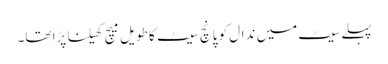
پہلے سیٹ میں ندال کو پانچ سیٹ کا طویل میچ کھیلنا پڑا تھا۔